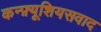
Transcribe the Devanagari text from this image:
कन्फ़्यूशियसवाद